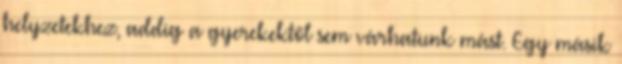
helyzetekhez, addig a gyerekektől sem várhatunk mást. Egy másik